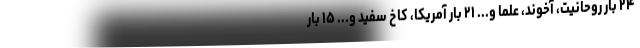
۲۴ بار روحانیت، آخوند، علما و... ۲۱ بار آمریکا، کاخ سفید و... ۱۵ بار